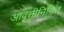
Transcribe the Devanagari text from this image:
आवृत्तीनिमित्त